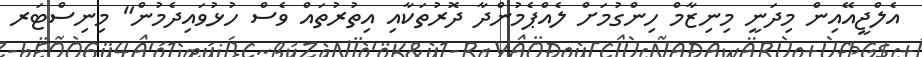
އެލްޖީއޭއިން މިދަނީ މިނިޒާމް ހިންގުމަށް ލެއްޕެމުންދާ ދޮރުތަކާއި އިތުރުތައް ވެސް ހުޅުވައިދެމުން" މިނިސްޓަރ